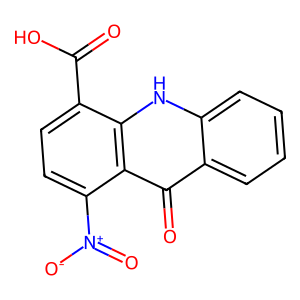
SMILES: O=C(O)c1ccc([N+](=O)[O-])c2c(=O)c3ccccc3[nH]c12
Inhibits HIV replication: No